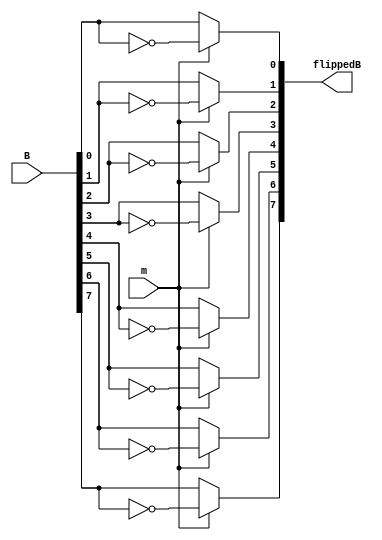
`timescale 1ns/100ps
module invert(m, B, flippedB);

	input m;
	input [7:0] B;
	output reg [7:0] flippedB;
	
	always@(*)
	
	if(m == 1'b1)
		begin
			flippedB[0] = ~B[0];
			flippedB[1] = ~B[1];
			flippedB[2] = ~B[2];
			flippedB[3] = ~B[3];
			flippedB[4] = ~B[4];
			flippedB[5] = ~B[5];
			flippedB[6] = ~B[6];
			flippedB[7] = ~B[7];
		end
	
	else
		begin
			flippedB = B;
		end
		
endmodule